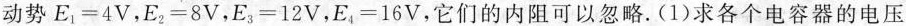
动势$$E_{1}=4V$$，$$E_{2}=8V$$，$$E_{3}=12V$$，$$E_{4}=16V$$，它们的内阻可以忽略。(1)求各个电容器的电压